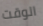
الوقت